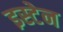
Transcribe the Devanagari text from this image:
इस्टेन